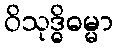
ဝိသုဒ္ဓိဓမ္မာ